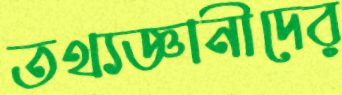
তথ্যজ্ঞানীদের